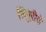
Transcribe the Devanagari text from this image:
सिबुरीचे